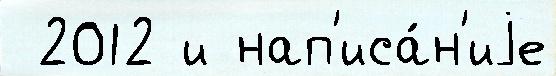
 2012 и нап'иса́н'иjе